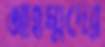
আহম্মদের